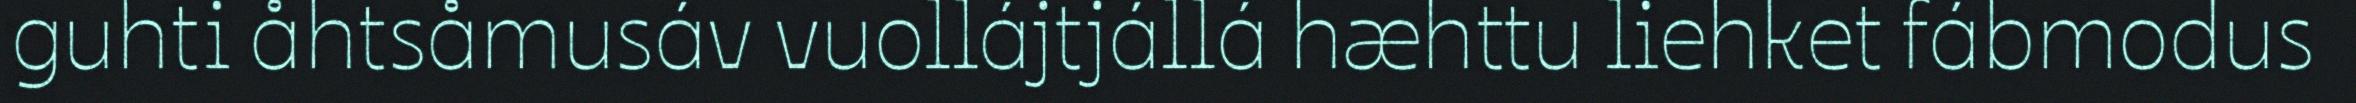
guhti åhtsåmusáv vuollájtjállá hæhttu liehket fábmodus